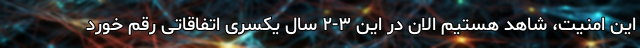
این امنیت، شاهد هستیم الان در این ۳-۲ سال یکسری اتفاقاتی رقم خورد